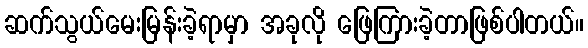
ဆက်သွယ်မေးမြန်းခဲ့ရာမှာ အခုလို ဖြေကြားခဲ့တာဖြစ်ပါတယ်။